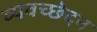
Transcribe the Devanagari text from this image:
व्यवच्छेदन